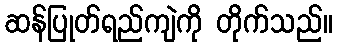
ဆန်ပြုတ်ရည်ကျဲကို တိုက်သည်။